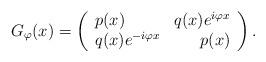
LaTeX: \begin{align*}G_{\varphi}(x) = \left(\begin{array}{lr}p(x) & q(x) e^{i \varphi x} \\ q(x) e^{-i \varphi x} & p(x) \end{array} \right).\end{align*}